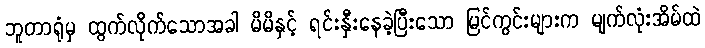
ဘူတာရုံမှ ထွက်လိုက်သောအခါ မိမိနှင့် ရင်းနှီးနေခဲ့ပြီးသော မြင်ကွင်းများက မျက်လုံးအိမ်ထဲ